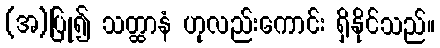
(အ)ပြု၍ သတ္ထာနံ ဟုလည်းကောင်း ရှိနိုင်သည်။